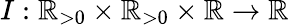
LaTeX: I:\mathbb{R}_{>0}\times\mathbb{R}_{>0}\times\mathbb{R}\to\mathbb{R}